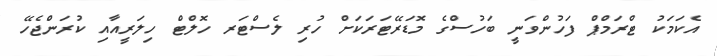
އެކަމަކު ޓްރަމްޕް ފަހުންވަނީ ބަހުސްގެ މޮޑަރޭޓަރަކަށް ހުރި ލެސްޓަރ ހޮލްޓް ހިލަރީއާއި ކުރަންޖެހޭ